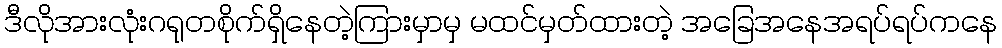
ဒီလိုအားလုံးဂရုတစိုက်ရှိနေတဲ့ကြားမှာမှ မထင်မှတ်ထားတဲ့ အခြေအနေအရပ်ရပ်ကနေ